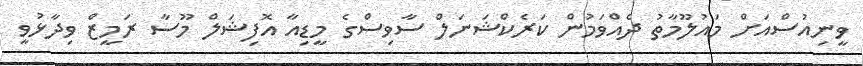
ވީނިއުސްއަށް މައުލޫމާތު ދެއްވަމުން ކަރެކްޝަނަލް ސާވިސްގެ މީޑިއާ އޮފިޝަލް މޫސާ ރަމީޒް ވިދާޅުވީ